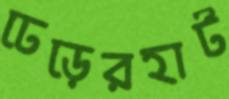
ঢেড়েরহাট